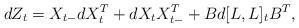
LaTeX: \begin{align*}dZ_t=X_{t-}dX^{T}_t+dX_t X^{T}_{t-}+ B d[L,L]_t B^T,\end{align*}